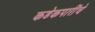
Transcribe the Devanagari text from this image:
कडेकपारींचे